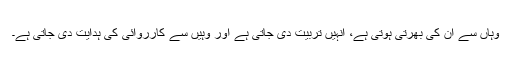
وہاں سے ان کی بھرتی ہوتی ہے، انہیں تربیت دی جاتی ہے اور وہیں سے کارروائی کی ہدایت دی جاتی ہے۔